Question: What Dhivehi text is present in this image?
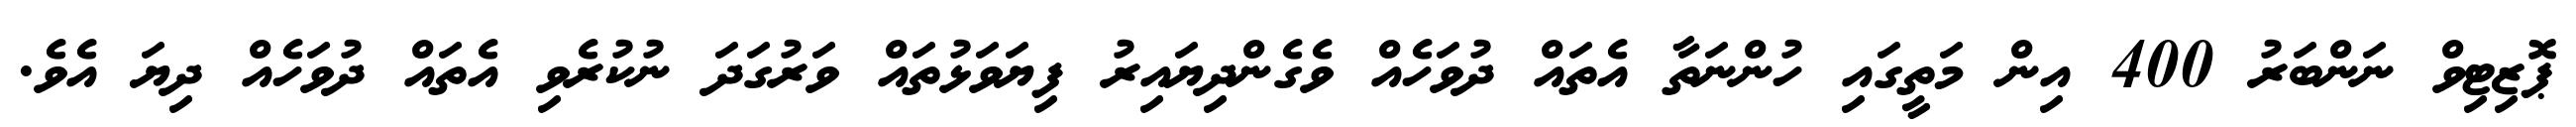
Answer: ޕޮޒިޓިވް ނަންބަރު 400 އިން މަތީގައި ހުންނަތާ އެތައް ދުވަހެއް ވެގެންދިޔައިރު ފިޔަވަޅުތައް ވަރުގަދަ ނުކުރެވި އެތައް ދުވަހެއް ދިޔަ އެވެ.